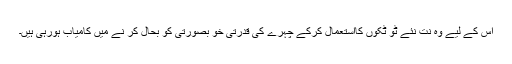
اس کے لیے وہ نت نئے ٹو ٹکوں کااستعمال کرکے چہرے کی قدرتی خو بصورتی کو بحال کر نے میں کامیاب ہورہی ہیں۔